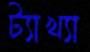
ট্যাখ্যা